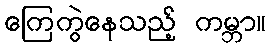
ကြေကွဲနေသည့် ကမ္ဘာ။